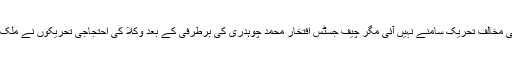
بعدازاں، عوام اور سیاستدانوں کی جانب سے اْن کے خلاف کوئی مخالف تحریک سامنے نہیں آئی مگر چیف جسٹس افتخار محمد چوہدری کی برطرفی کے بعد وکلا کی احتجاجی تحریکوں نے ملک میں ایک نئی تاریخ رقم ہوئی اور مشرف کادور اختتام پذیر ہوا۔